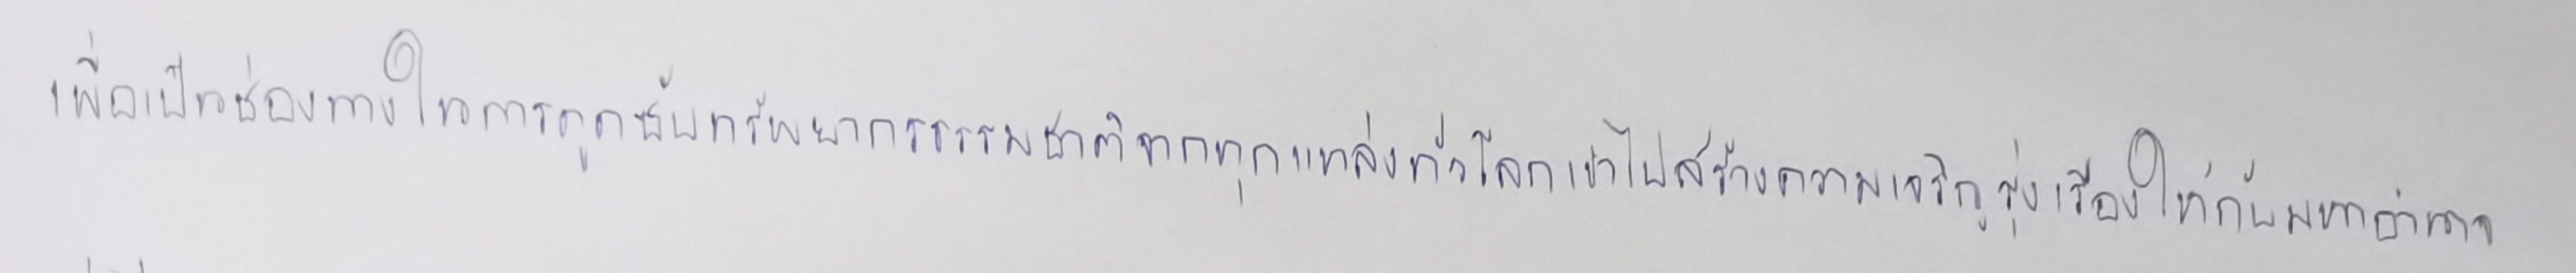
เพื่อเป็นช่องทางในการดูดซับทรัพยากรธรรมชาติจากทุกแหล่งทั่วโลกเข้าไปสร้างความเจริญรุ่งเรืองให้กับมหาอำนาจ